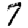
Digit: 7